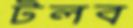
টলব